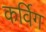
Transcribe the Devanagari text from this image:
कर्विग